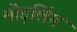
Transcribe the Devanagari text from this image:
मोड़लिंग